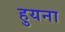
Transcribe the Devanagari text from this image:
हुयना